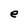
Character: e